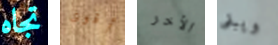
تجاه أقوى الأخر ويبقى